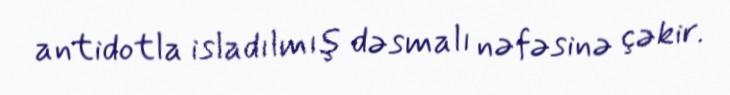
antidotla isladılmış dəsmalı nəfəsinə çəkir.